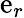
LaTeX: \mathrm{e}_{r}